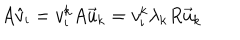
LaTeX: A \hat { v } _ { \mathrm { i } } = v _ { \mathrm { i } } ^ { \mathrm { k } } A \vec { u } _ { \mathrm { k } } = v _ { \mathrm { i } } ^ { \mathrm { k } } \lambda _ { \mathrm { k } } R \vec { u } _ { \mathrm { k } }